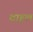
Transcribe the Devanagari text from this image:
वाहल